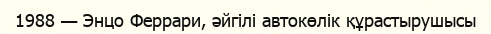
1988 — Энцо Феррари, әйгілі автокөлік құрастырушысы